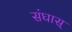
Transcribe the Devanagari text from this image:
संघास्